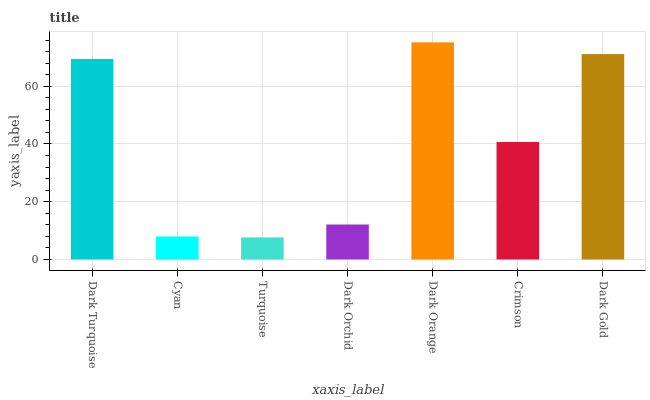
| xaxis_label | bars |
 | --- | --- |
 | Dark Turquoise | 69.4 |
 | Cyan | 7.96 |
 | Turquoise | 7.65 |
 | Dark Orchid | 12.1 |
 | Dark Orange | 75.2 |
 | Crimson | 40.7 |
 | Dark Gold | 71.1 |